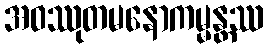
အဝဿုတမနောကမ္မန္တဿ